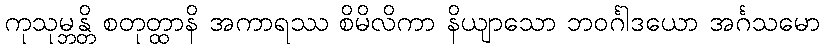
ကုသုမ္ဘန္တိ စတုတ္ထာနိ အကာရဿ စိမိလိကာ နိယျာသော ဘဝင်္ဂါဒယော အင်္ဂသမော